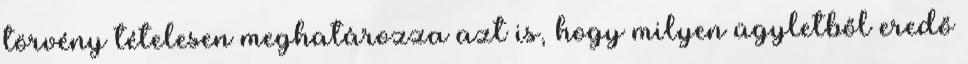
törvény tételesen meghatározza azt is, hogy milyen ügyletből eredő